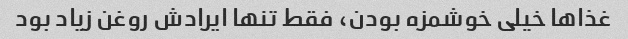
غذاها خیلی خوشمزه بودن، فقط تنها ایرادش روغن زیاد بود